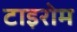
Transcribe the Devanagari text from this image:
टाइरोम